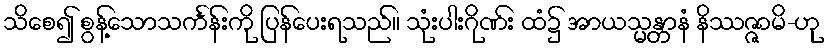
သိစေ၍ စွန့်သောသင်္ကန်းကို ပြန်ပေးရသည်။ သုံးပါးဂိုဏ်း ထံ၌ အာယသ္မန္တာနံ နိဿဇ္ဇာမိ-ဟု